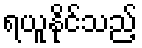
ရယူနိုင်သည့်